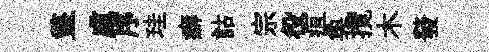
盩慮序珪癖詁宗役疽奐攬木發